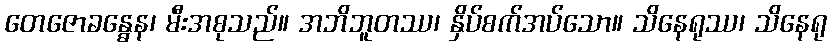
တေဇောခန္ဓေန၊ မီးအစုသည်။ အဘိဘူတဿ၊ နှိပ်စက်အပ်သော။ သိနေရုဿ၊ သိနေရု